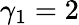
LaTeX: \gamma_{1}=2